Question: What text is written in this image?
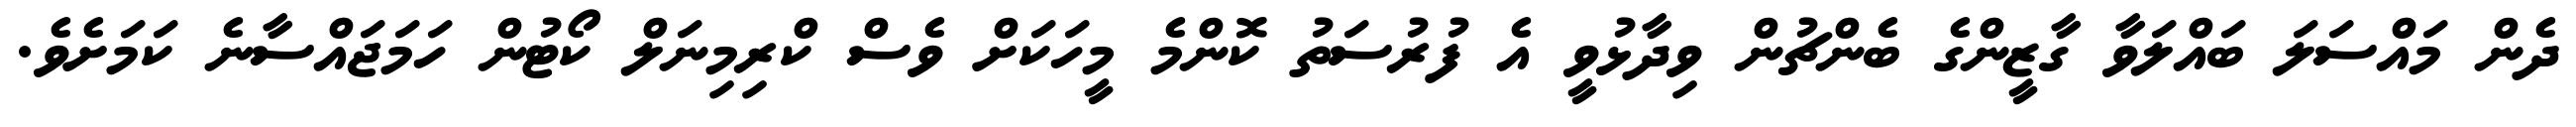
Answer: ދެން މައްސަލަ ބައްލަވާ ގާޒީންގެ ބެންޗުން ވިދާޅުވީ އެ ފުރުސަތު ކޮންމެ މީހަކަށް ވެސް ކްރިމިނަލް ކޯޓުން ހަމަޖައްސާނެ ކަމަށެވެ.